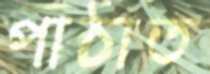
পাঠাত